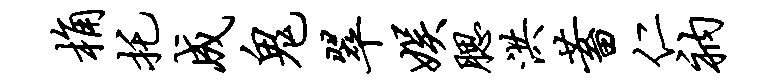
桷托成鬼翠娱腮洪蓄仁衲